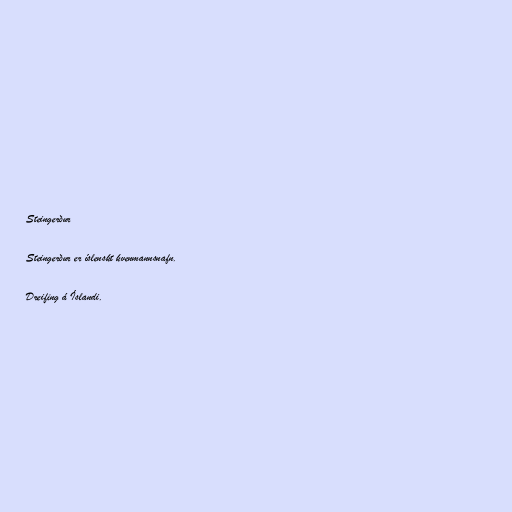
Steingerður

Steingerður er íslenskt kvenmannsnafn.

Dreifing á Íslandi.